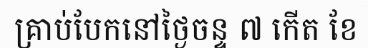
គ្រាប់បែកនៅថ្ងៃចន្ទ ៧ កើត ខែ